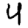
Digit: 4